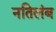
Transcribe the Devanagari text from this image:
नतिलंब